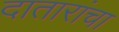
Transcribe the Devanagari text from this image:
दातारांचा